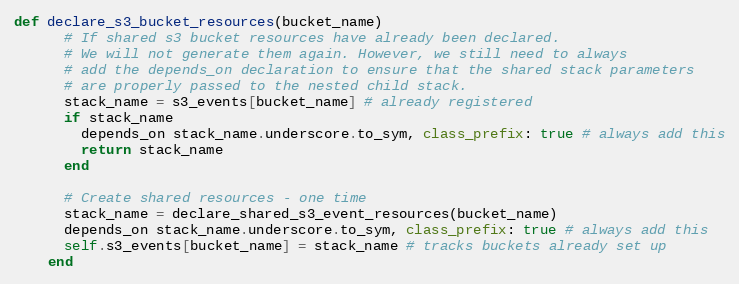
Language: Ruby
def declare_s3_bucket_resources(bucket_name)
      # If shared s3 bucket resources have already been declared.
      # We will not generate them again. However, we still need to always
      # add the depends_on declaration to ensure that the shared stack parameters
      # are properly passed to the nested child stack.
      stack_name = s3_events[bucket_name] # already registered
      if stack_name
        depends_on stack_name.underscore.to_sym, class_prefix: true # always add this
        return stack_name
      end

      # Create shared resources - one time
      stack_name = declare_shared_s3_event_resources(bucket_name)
      depends_on stack_name.underscore.to_sym, class_prefix: true # always add this
      self.s3_events[bucket_name] = stack_name # tracks buckets already set up
    end